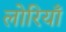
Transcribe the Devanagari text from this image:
लोरियाँ